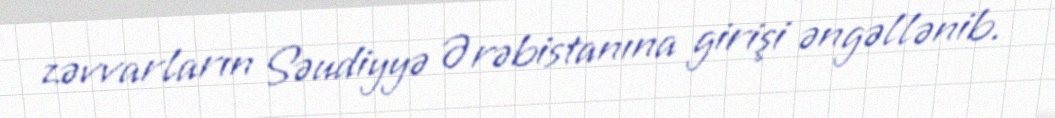
zəvvarların Səudiyyə Ərəbistanına girişi əngəllənib.